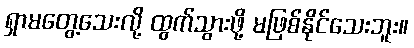
ရှာမတွေ့သေးလို့ ထွက်သွားဖို့ မဖြစ်နိုင်သေးဘူး။